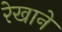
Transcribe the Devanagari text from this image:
रेखाने